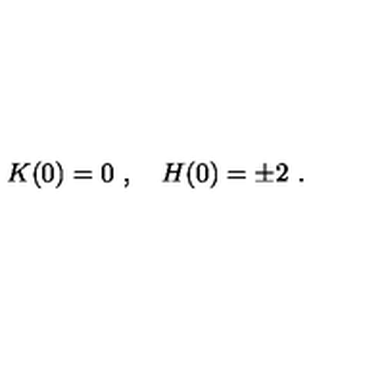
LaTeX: K ( 0 ) = 0 \ , \quad H ( 0 ) = \pm 2 \ .